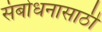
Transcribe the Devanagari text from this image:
संबोधनासाठी